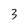
Character: 3